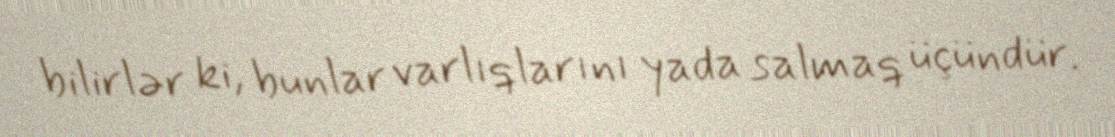
bilirlər ki, bunlar varlıqlarını yada salmaq üçündür.